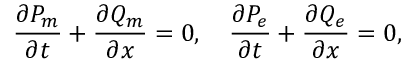
\frac { \partial P _ { m } } { \partial t } + \frac { \partial Q _ { m } } { \partial x } = 0 , \quad \frac { \partial P _ { e } } { \partial t } + \frac { \partial Q _ { e } } { \partial x } = 0 ,